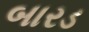
બારડ